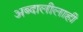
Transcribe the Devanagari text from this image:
अब्दालीलाही